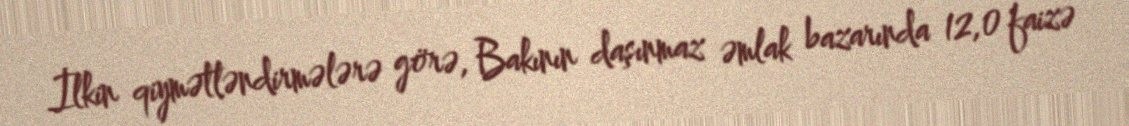
İlkin qiymətləndirmələrə görə, Bakının daşınmaz əmlak bazarında 12,0 faizə